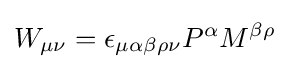
W_{\mu \nu }=\epsilon _{\mu \alpha \beta \rho \nu }P^{\alpha }M^{\beta \rho }